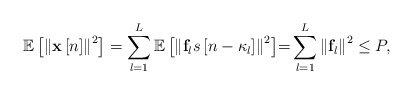
\begin{align*} {\mathbb{E}}\left[ {{{\left\| {{\bf{x}}\left[ n \right]} \right\|}^2}} \right] = \sum\limits_{l = 1}^L {{\mathbb{E}}\left[ {{{\left\| {{{\bf{f}}_l}s\left[ {n - {\kappa_l}} \right]} \right\|}^2}} \right]} {\rm =} \sum\limits_{l = 1}^L {{{\left\| {{{\bf{f}}_l}} \right\|}^2}} \le P, \end{align*}